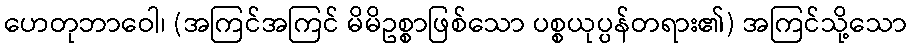
ဟေတုဘာဝေါ၊ (အကြင်အကြင် မိမိဥစ္စာဖြစ်သော ပစ္စယုပ္ပန်တရား၏) အကြင်သို့သော